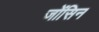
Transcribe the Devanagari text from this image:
जोंसिन